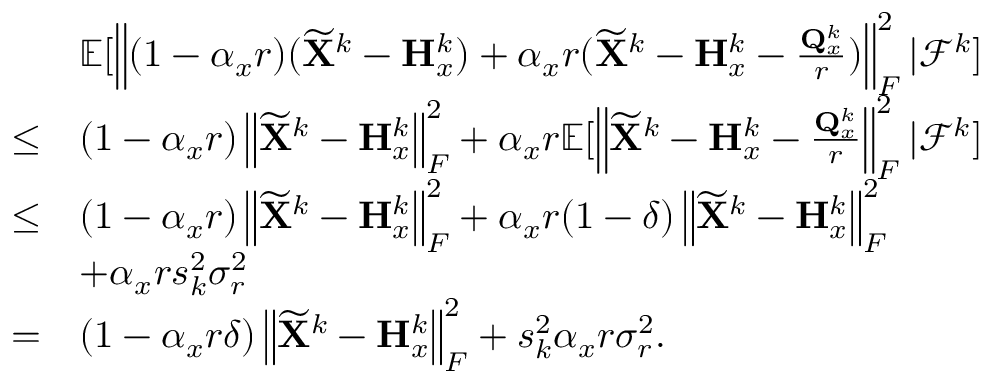
\begin{array} { r l } & { { \mathbb { E } } [ \left\| ( 1 - \alpha _ { x } r ) ( \widetilde { { \mathbf { X } } } ^ { k } - { \mathbf { H } } _ { x } ^ { k } ) + \alpha _ { x } r ( \widetilde { { \mathbf { X } } } ^ { k } - { \mathbf { H } } _ { x } ^ { k } - \frac { { \mathbf { Q } } _ { x } ^ { k } } { r } ) \right\| _ { F } ^ { 2 } \vert { \mathcal { F } } ^ { k } ] } \\ { \leq } & { ( 1 - \alpha _ { x } r ) \left\| \widetilde { { \mathbf { X } } } ^ { k } - { \mathbf { H } } _ { x } ^ { k } \right\| _ { F } ^ { 2 } + \alpha _ { x } r { \mathbb { E } } [ \left\| \widetilde { { \mathbf { X } } } ^ { k } - { \mathbf { H } } _ { x } ^ { k } - \frac { { \mathbf { Q } } _ { x } ^ { k } } { r } \right\| _ { F } ^ { 2 } \vert { \mathcal { F } } ^ { k } ] } \\ { \leq } & { ( 1 - \alpha _ { x } r ) \left\| \widetilde { { \mathbf { X } } } ^ { k } - { \mathbf { H } } _ { x } ^ { k } \right\| _ { F } ^ { 2 } + \alpha _ { x } r ( 1 - \delta ) \left\| \widetilde { { \mathbf { X } } } ^ { k } - { \mathbf { H } } _ { x } ^ { k } \right\| _ { F } ^ { 2 } } \\ & { + \alpha _ { x } r s _ { k } ^ { 2 } \sigma _ { r } ^ { 2 } } \\ { = } & { ( 1 - \alpha _ { x } r \delta ) \left\| \widetilde { { \mathbf { X } } } ^ { k } - { \mathbf { H } } _ { x } ^ { k } \right\| _ { F } ^ { 2 } + s _ { k } ^ { 2 } \alpha _ { x } r \sigma _ { r } ^ { 2 } . } \end{array}